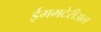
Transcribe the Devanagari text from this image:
ईममटेरीअल